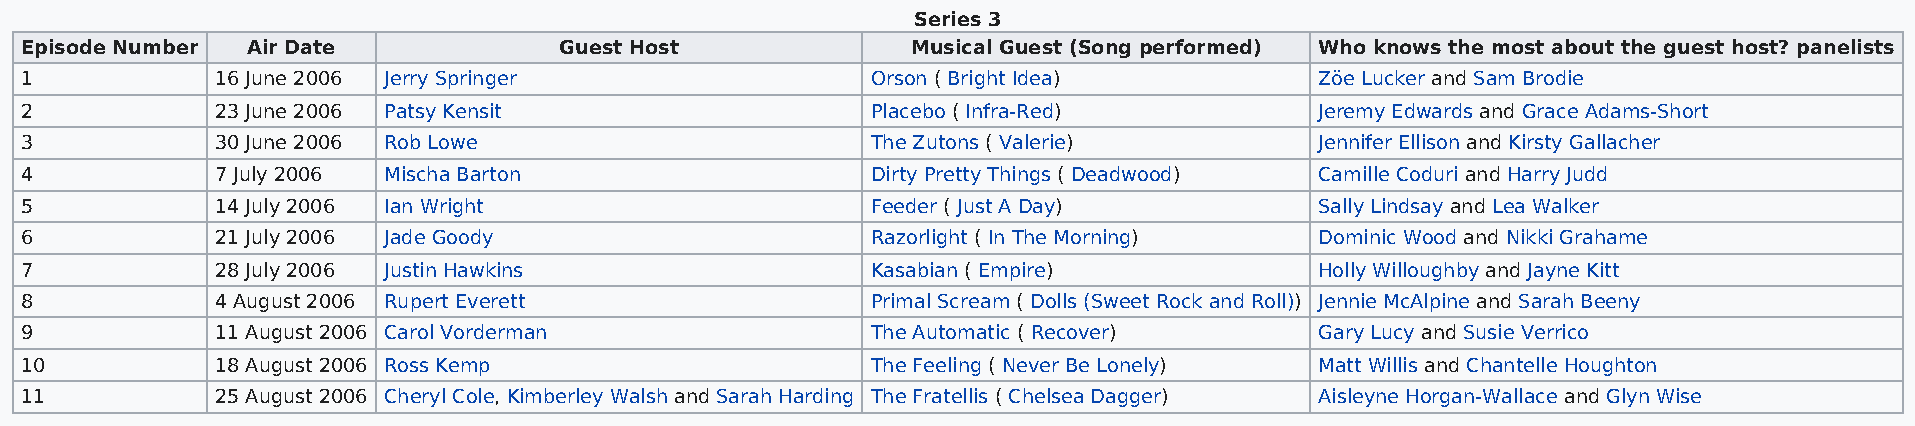
Series 3
 Episode Number Air Date             Guest Host             Musical Guest (Song performed) Who knows the most about the guest host? panelists
 1            16 June 2006 Jerry Springer                 Orson ( Bright Idea)         Zöe Lucker and Sam Brodie
 2            23 June 2006 Patsy Kensit                   Placebo ( Infra-Red)         Jeremy Edwards and Grace Adams-Short
 3            30 June 2006 Rob Lowe                       The Zutons ( Valerie)        Jennifer Ellison and Kirsty Gallacher
 4            7 July 2006 Mischa Barton                   Dirty Pretty Things ( Deadwood) Camille Coduri and Harry Judd
 5            14 July 2006 Ian Wright                     Feeder ( Just A Day)         Sally Lindsay and Lea Walker
 6            21 July 2006 Jade Goody                     Razorlight ( In The Morning) Dominic Wood and Nikki Grahame
 7            28 July 2006 Justin Hawkins                 Kasabian ( Empire)           Holly Willoughby and Jayne Kitt
 8            4 August 2006 Rupert Everett                Primal Scream ( Dolls (Sweet Rock and Roll)) Jennie McAlpine and Sarah Beeny
 9            11 August 2006 Carol Vorderman              The Automatic ( Recover)     Gary Lucy and Susie Verrico
 10           18 August 2006 Ross Kemp                    The Feeling ( Never Be Lonely) Matt Willis and Chantelle Houghton
 11           25 August 2006 Cheryl Cole, Kimberley Walsh and Sarah Harding The Fratellis ( Chelsea Dagger) Aisleyne Horgan-Wallace and Glyn Wise